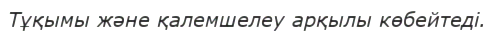
Тұқымы және қалемшелеу арқылы көбейтеді.